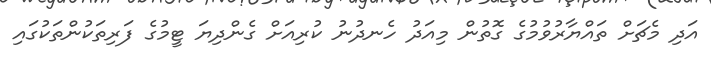
އަދި މެޗަށް ތައްޔާރުވުމުގެ ގޮތުން މިއަދު ހެނދުނު ކުރިއަށް ގެންދިޔަ ޓީމުގެ ފަރިތަކުންތަކުގައި